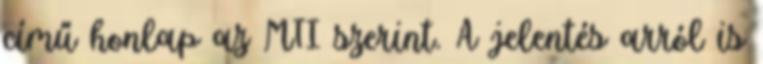
című honlap az MTI szerint. A jelentés arról is